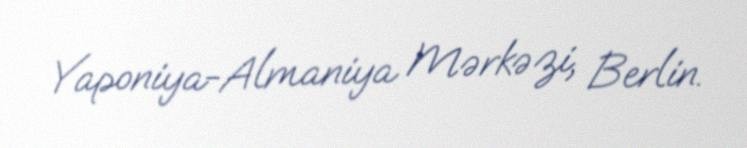
Yaponiya-Almaniya Mərkəzi, Berlin.